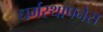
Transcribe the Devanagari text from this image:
धर्मस्थापनेस